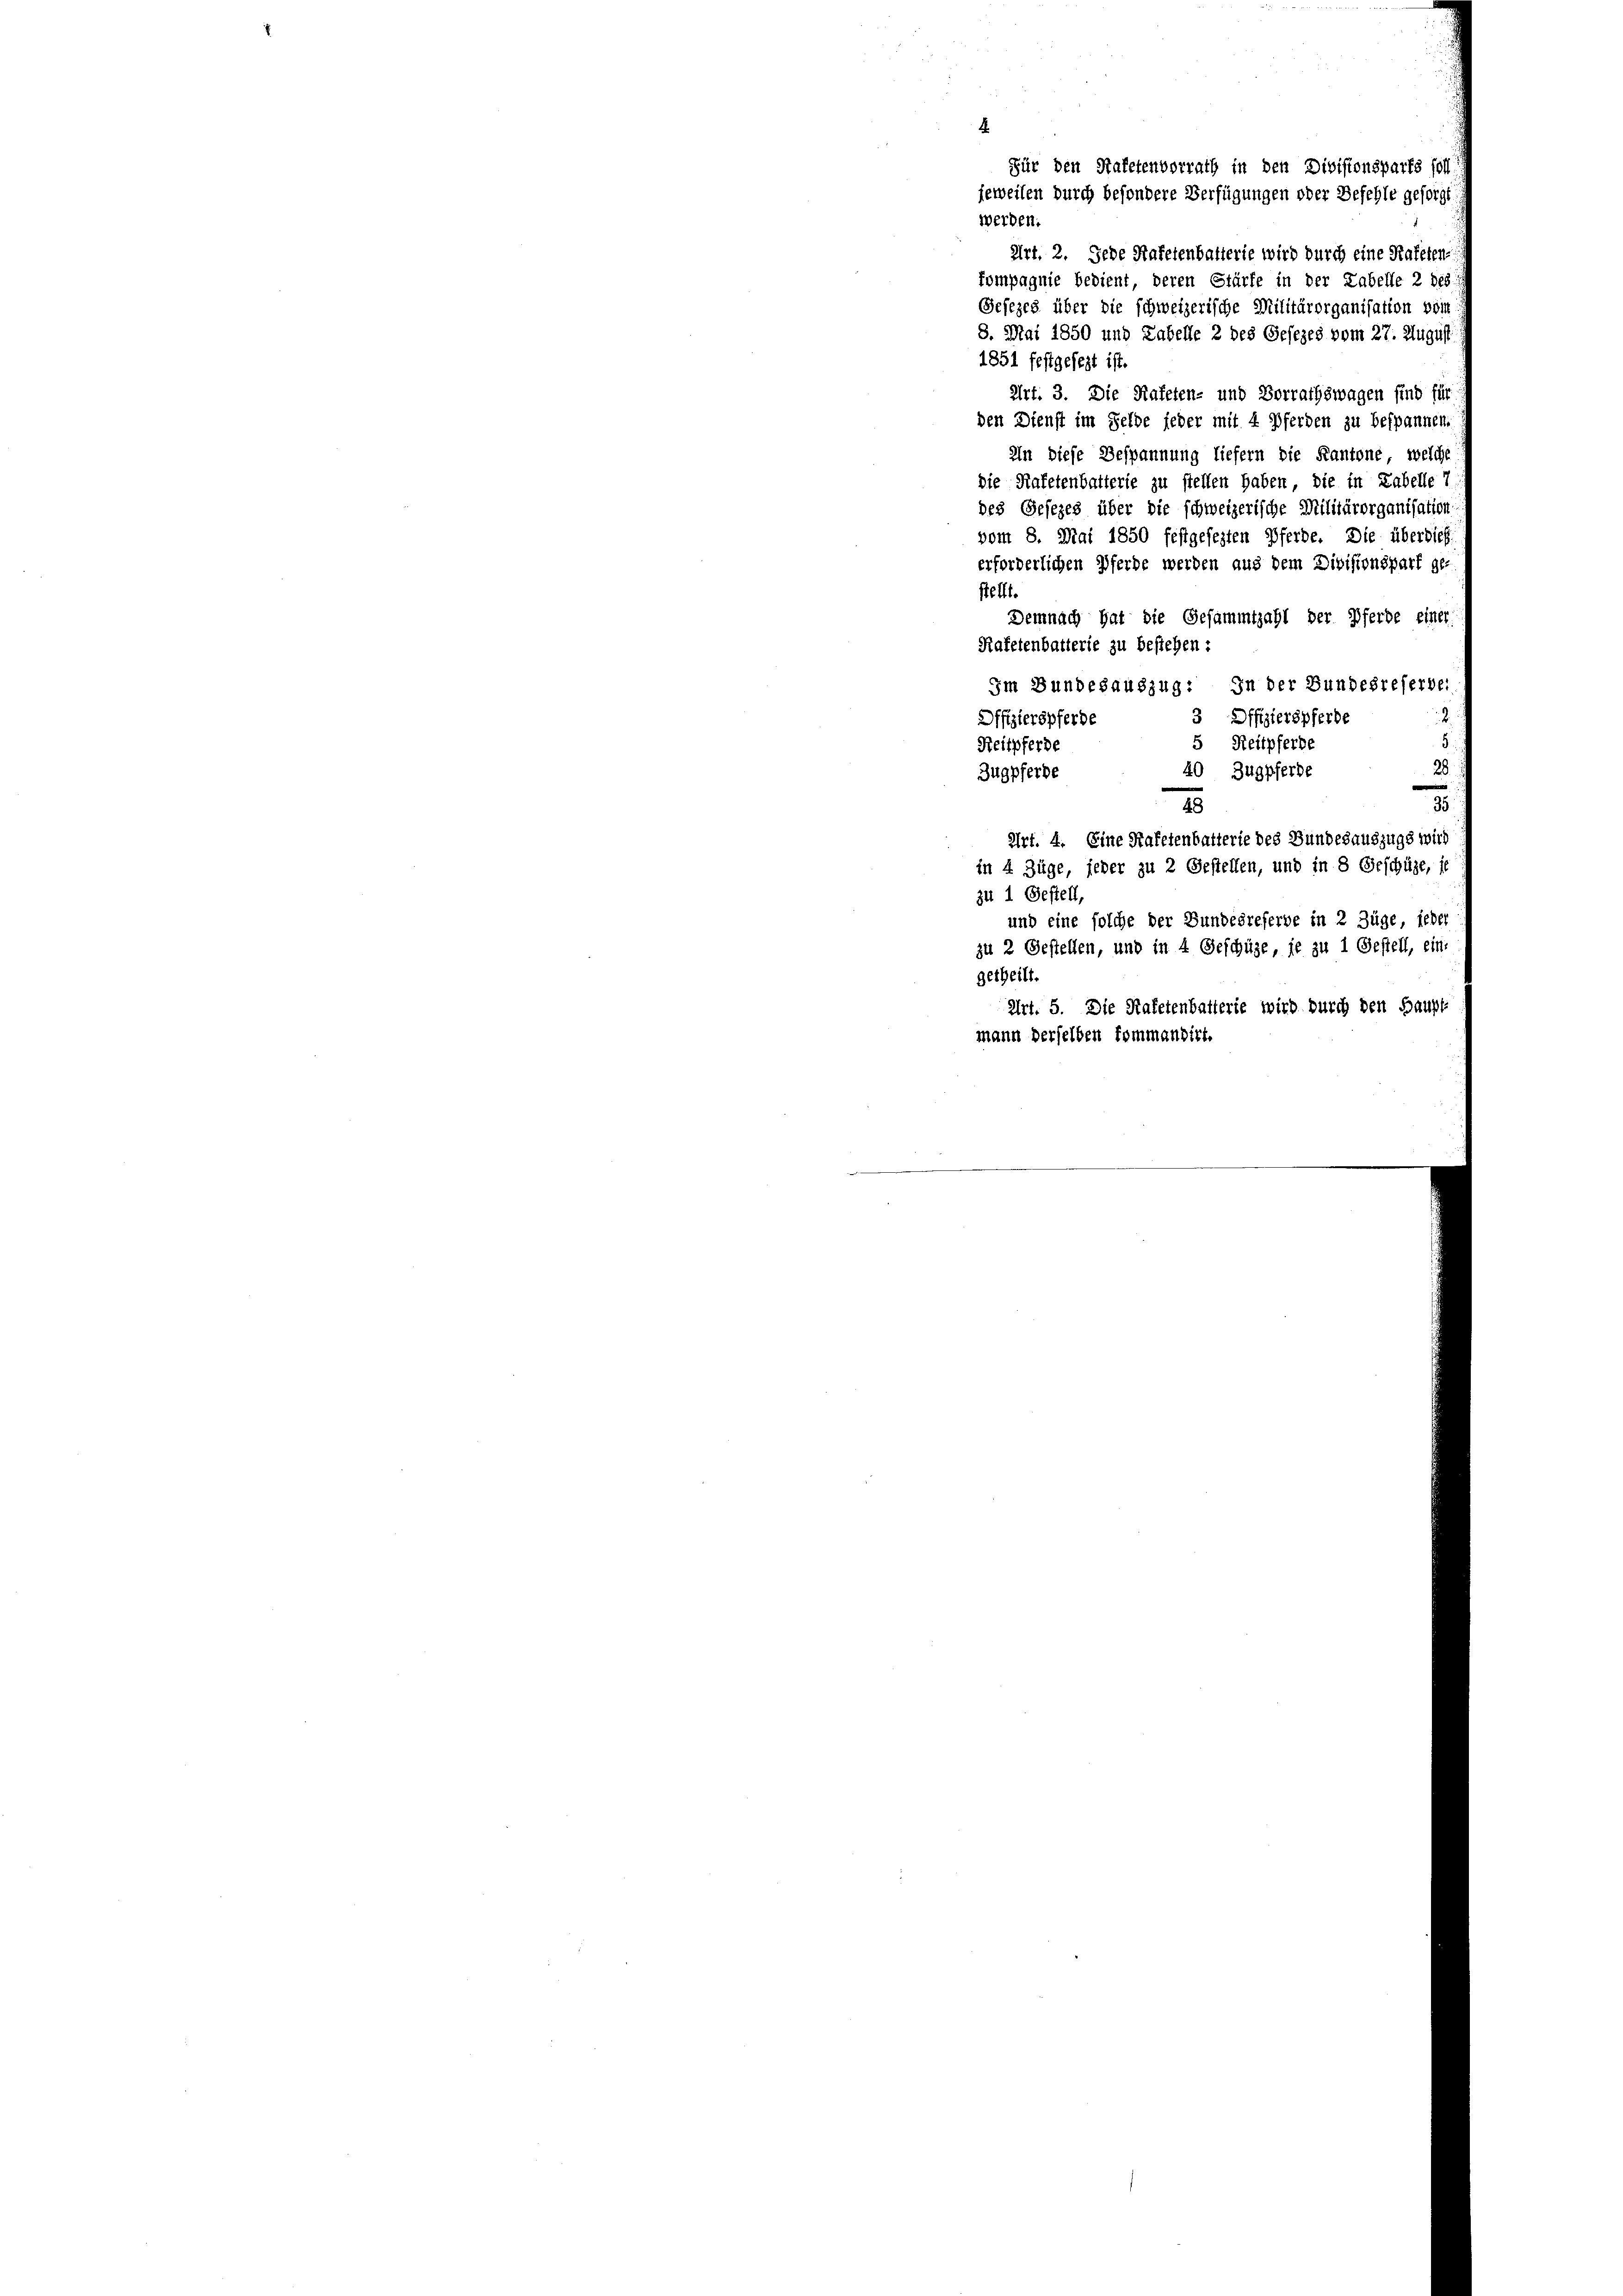
Art. 2. Jede Hafetenbatterie wird durch eine Rateten
kompagnie bedient deren Stürfe in der Tabelle 2 des
Gesezes über die schweizerische Militärorganisation vom
8. Mai 1850 und Tabelle 2 des Gesezes vom 27. August
1851 festgesezt ist.
Art. 3. Die Rateten- und Vorrathswagen sind für
den Dienst im Felde jeder mit 4 Pferden zu bespannen.
In diese Bespannung liefern die Kantone, welche
die Rafetenbatterie zu stellen haben, die in Zabelle,
des Gesezes über die schweizerische Militärorganisation.
vom 8. Mai 1850 festgesezten Pferde. Die überdies
erforderlichen Pferde werden aus dem Divisionspart ge-
stellt.
Demnach hat die Gesammtzahl der Pferde einer
Kafetenbatterie zu bestehen:
Im Bundesauszug: In der Bundesreferbei
Offizierspferde
3 Offizierspferde
.
5 Reitpferbe
Reitpferde
40 Zugpferd
Zugpferde
48
Art. 4. Eine Hafetenbalterie des Bundesauszugs wird
in 4 Züge, jeder zu 2 Gestellen, und in 8 Geschäze, se
zu 1 Gestell,
und eine solche der Bundesreferbe in 2 Züge, jeder
zu 2 Gestellen, und in 4 Geschüze, je zu 1 Gestell, ein
getheilt.
Art. 5. Die Rafetenbatterie wird durch den Bar
mann derselben kommandirt.

Für den Hafetenvorrath in den Divisionsparte soll
jeweilen durch besondere Verfügungen oder Befehle gesorgt
werden.